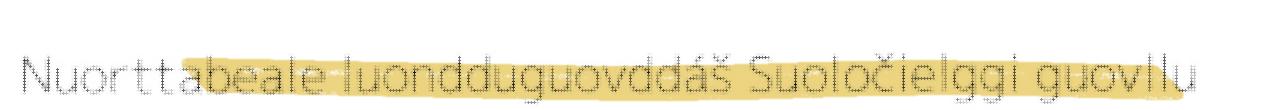
Nuorttabeale luondduguovddáš Suoločielggi guovllu